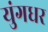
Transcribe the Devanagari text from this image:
युंगधर